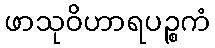
ဖာသုဝိဟာရပဉ္စကံ